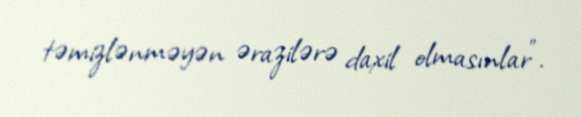
təmizlənməyən ərazilərə daxil olmasınlar".